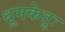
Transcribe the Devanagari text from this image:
धूमकेतुः